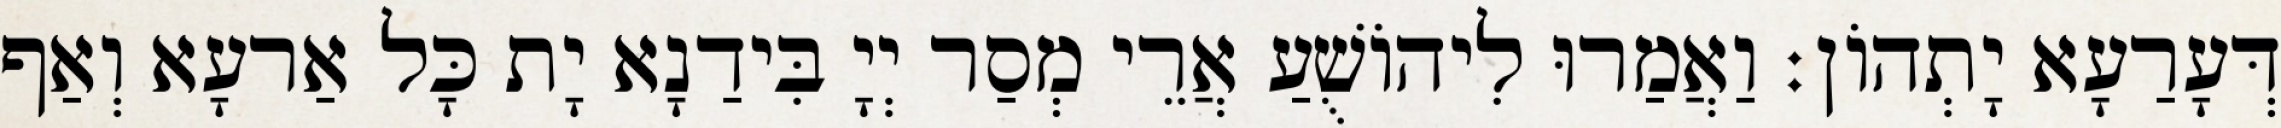
דְּעָרַעָא יָתְהוֹן׃ וַאֲמַרוּ לִיהוֹשֻׁעַ אֲרֵי מְסַר יְיָ בִּידַנָא יָת כָּל אַרעָא וְאַף